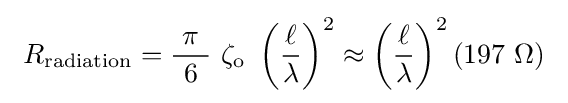
\ R_{\mathrm {radiation} }={\frac {\ \pi \ }{6}}\ \zeta _{\mathrm {o} }\ \left({\frac {\ell }{\lambda }}\right)^{2}\approx \left({\frac {\ell }{\lambda }}\right)^{2}(197\ \Omega )~